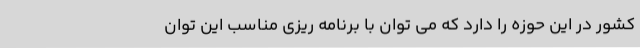
کشور در این حوزه را دارد که می توان با برنامه ریزی مناسب این توان